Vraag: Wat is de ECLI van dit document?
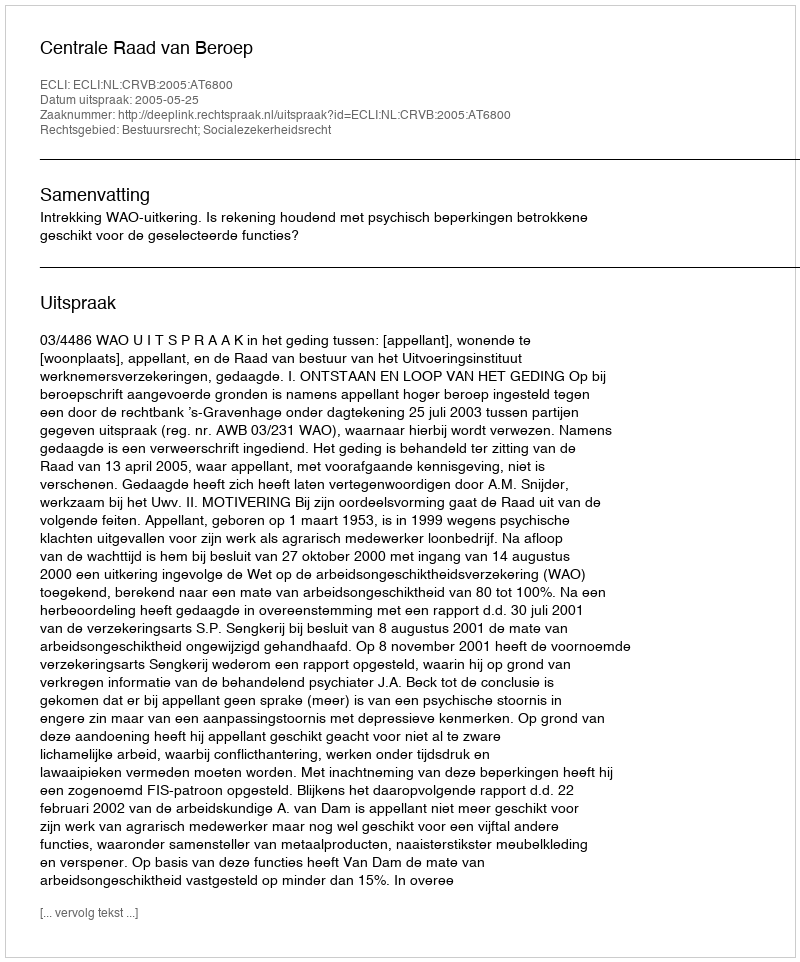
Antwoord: ECLI:NL:CRVB:2005:AT6800